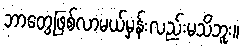
ဘာတွေဖြစ်လာမယ်မှန်းလည်းမသိဘူး။